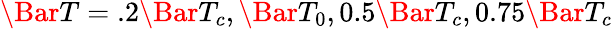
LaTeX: \Bar{T}=.2\Bar{T}_{c},\Bar{T}_{0},0.5\Bar{T}_{c},0.75\Bar{T}_{c}